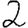
Digit: 2